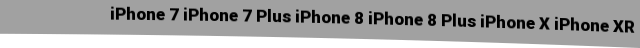
iPhone 7 iPhone 7 Plus iPhone 8 iPhone 8 Plus iPhone X iPhone XR